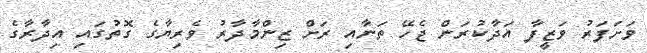
ވަށަފަރު ވަޒީފާ އަދާކުރަން ޖެހޭ ތަނާއި ރަށް ޒިންމާދާރު ވެރިޔާގެ ގޮތުގައި އިދާރާގެ